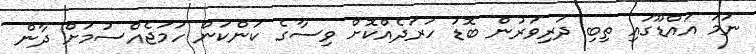
ނަމަ އައްޑޫގައި ތިބި ދަރިވަރުން ބޮޑު ހަރަދެއްކޮށް ވިސާގެ ކަންކަން ހަމަޖެއްސުމަށް ދާން